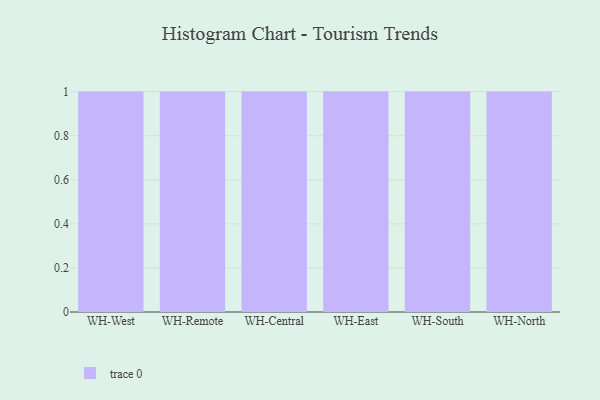
{"axis": {"x": "Warehouse", "y": "Production Output"}, "legend": [""], "data": [{"x": "WH-West", "y": 76, "type": ""}, {"x": "WH-Remote", "y": 11, "type": ""}, {"x": "WH-Central", "y": 87, "type": ""}, {"x": "WH-East", "y": 35, "type": ""}, {"x": "WH-South", "y": 40, "type": ""}, {"x": "WH-North", "y": 9, "type": ""}]}